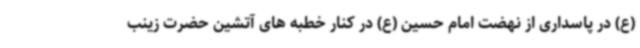
(ع) در پاسداری از نهضت امام حسین (ع) در کنار خطبه های آتشین حضرت زینب